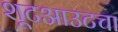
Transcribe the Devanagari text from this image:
शूटआउटचा